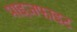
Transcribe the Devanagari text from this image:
प्राइज़फाइट